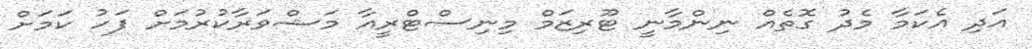
އަދި އެކަމާ މެދު ގޮތެއް ނިންމާނީ ޓޫރިޒަމް މިނިސްޓްރީއާ މަޝްވަރާކުރުމަށް ފަހު ކަމަށް